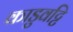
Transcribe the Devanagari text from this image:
काडुवट्टि